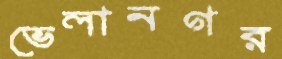
ভেলানগর